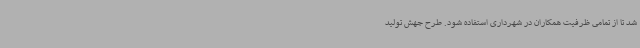
شد تا از تمامی ظرفیت همکاران در شهرداری استفاده شود. طرح جهش تولید